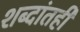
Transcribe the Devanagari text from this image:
शब्दांतही